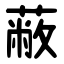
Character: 蔽